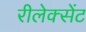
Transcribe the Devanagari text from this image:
रीलेक्सेंट